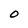
Character: O